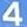
4